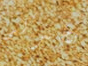
يخبركم